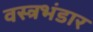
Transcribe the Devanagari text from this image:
वस्त्रभंडार